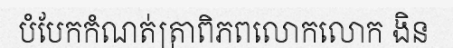
បំបែកកំណត់ត្រាពិភពលោកលោក ងិន